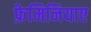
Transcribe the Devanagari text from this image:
फ़ेमिनियाए